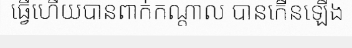
ធ្វើហើយបានពាក់កណ្តាល បានកើនឡើង